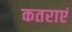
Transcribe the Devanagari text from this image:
कतराएं